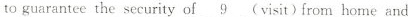
to guarantee the security of \underline{9} (visit)from home and